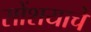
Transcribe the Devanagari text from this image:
सोंशयाचे